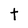
Character: t